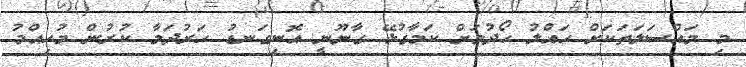
މި މައްސަލަތަކަށް ހައްލު ހޯދުމަށް ކަމާގުޅޭ ގާނޫނީ އޮނިގަނޑު ހަރުދަމާ ކުރުން މުހިއްމު